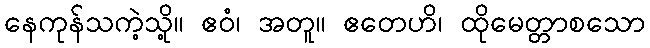
နေကုန်သကဲ့သို့။ ဧဝံ၊ အတူ။ ဧတေဟိ၊ ထိုမေတ္တာစသော